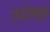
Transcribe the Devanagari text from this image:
उपजिव्हा